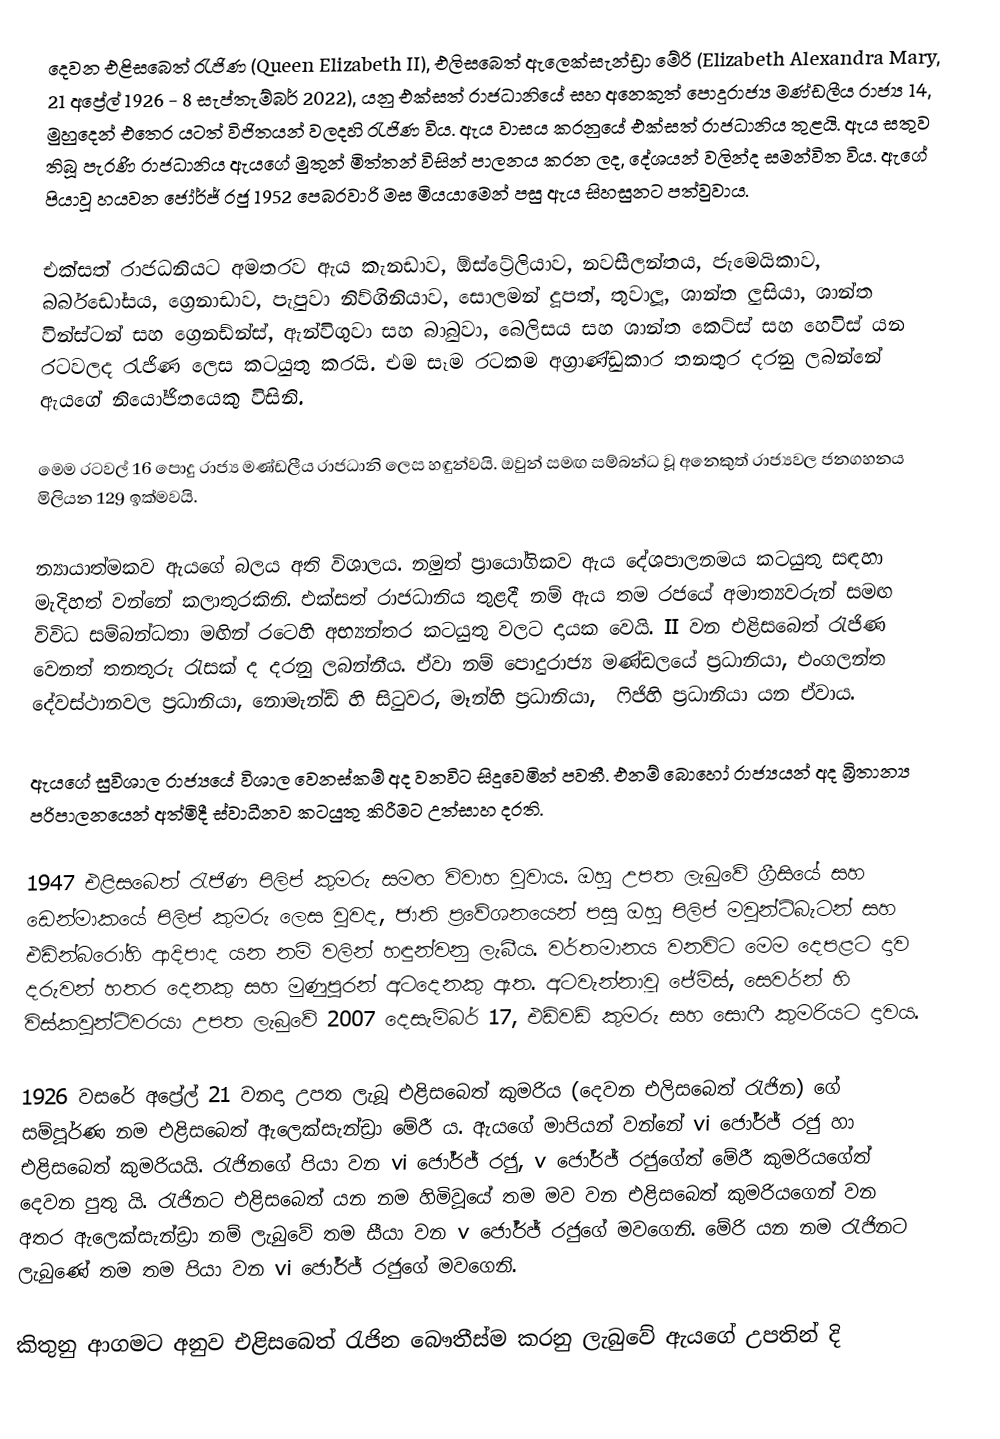
දෙවන එළිසබෙත් රැජිණ (Queen Elizabeth II), එලිසබෙත් ඇලෙක්සැන්ඩ්‍රා මේරි (Elizabeth Alexandra Mary, 21 අප්‍රේල් 1926 - 8 සැප්තැම්බර් 2022), යනු එක්සත් රාජධානියේ සහ අනෙකුත් පොදුරාජ්‍ය මණ්ඩලීය රාජ්‍ය 14, මුහුදෙන් එතෙර යටත් විජිතයන් වලදහි රැජිණ විය. ඇය වාසය කරනුයේ එක්සත් රාජධානිය තුළයි. ඇය සතුව තිබූ පැරණි රාජධානිය ඇයගේ මුතුන් මිත්තන් විසින් පාලනය කරන ලද, දේශයන් වලින්ද සමන්විත විය. ඇගේ පියාවූ හයවන ජෝර්ජ් රජු 1952 පෙබරවාරි මස මියයාමෙන් පසු ඇය සිහසුනට පත්වුවාය.

එක්සත් රාජධනියට අමතරව ඇය කැනඩාව, ඕස්ට්‍රේලියාව, නවසීලන්තය, ජැ‍මෙයිකාව, බර්බඩෝසය, ග්‍රෙනාඩාව, පැපුවා නිව්ගිනියාව, සොලමන් දූපත්, තුවාලූ, ශාන්ත ලුසියා, ශාන්ත වින්ස්ටන් සහ ‍ග්‍රෙනඩ්න්ස්, ඇන්විගුවා සහ බාබුවා, බෙලිසය සහ ශාන්ත කෙට්ස් සහ හෙවිස් යන රටවලද රැජිණ ලෙස කටයුතු කරයි. එම සෑම රටකම අග්‍රාණ්ඩුකාර තනතුර දරනු ලබන්නේ ඇයගේ නියෝජිතයෙකු විසිනි.

මෙම රටවල් 16 පොදු රාජ්‍ය මණ්ඩලීය රාජධානි ලෙස හඳුන්වයි. ඔවුන් සමඟ සම්බන්ධ වූ අනෙකුත් රාජ්‍යවල ජනගහනය මිලියන 129 ඉක්මවයි.

න්‍යායාත්මකව ඇයගේ බලය අති විශාලය. නමුත් ප්‍රායෝගිකව ඇය දේශපාලනමය කටයුතු  සඳහා මැදිහත් වන්නේ කලාතුරකිනි. එක්සත් රාජධානිය තුළදී නම් ඇය තම රජයේ අමාත්‍යවරුන් සමඟ විවිධ සම්බන්ධතා මඟින් රටෙහි අභ්‍යන්තර කටයුතු වලට දායක වෙයි. II වන එළිසබෙත් රැජිණ වෙනත් තනතුරු රැසක් ද දරනු ලබන්නීය. ඒවා නම් පොදුරාජ්‍ය මණ්ඩලයේ ප්‍රධානියා, එංගලන්ත දේවස්ථානවල ප්‍රධානියා, නොමැන්ඩ් හි සිටුවර, මෑන්හි ප්‍රධානියා, ‍ ෆිජිහි ප්‍රධානියා යන ඒවාය.

ඇයගේ සුවිශාල රාජ්‍යයේ විශාල වෙනස්කම් අද වනවිට සිදුවෙමින් පවතී. එනම් බොහෝ රාජ්‍යයන් අද බ්‍රිතාන්‍ය පරිපාලනයෙන් අත්මිදී ස්වාධීනව කටයුතු කිරීමට උත්සාහ දරති.

1947 එළිසබෙත් රැජිණ පිලිප් කුමරු සමඟ විවාහ වුවාය. ඔහු උපත ලැබුවේ ග්‍රීසියේ සහ ඩෙන්මාකයේ  පිලිප් කුමරු ලෙස වුවද, ජාති ප්‍රවේශනයෙන් පසු ඔහු පිලිප් මවුන්ට්බැටන් සහ එඩින්බරෝහි ආදිපාද   යන නම් වලින් හඳුන්වනු ලැබීය. වර්තමානය වනවිට මෙම දෙපළට දාව දරුවන් හතර දෙනකු සහ මුණුපුරන් අටදෙනකු ඇත. අටවැන්නාවූ ජේම්ස්, සෙවර්න් හි විස්කවුන්ට්වරයා  උපත ලැබුවේ 2007 දෙසැම්බර් 17, එඩ්වඩ් කුමරු සහ සොෆී කුමරියට දාවය.

1926 වසරේ අප්‍රේල් 21 වනදා උපත ලැබූ එළිසබෙත් කුමරිය (දෙවන එලිසබෙත් රැජින) ගේ සම්පූර්ණ නම එළිසබෙත් ඇලෙක්සැන්ඩ්‍රා මේරී ය. ඇයගේ මාපියන් වන්නේ vi ජෝර්ජ් රජු හා එළිසබෙත් කුමරියයි. රැජිනගේ  පියා වන vi ජෝර්ජ් රජු, v ජෝර්ජ් රජුගේත් මේරී කුමරියගේත් දෙවන පුතු යි.  රැජිනට එළිසබෙත් යන නම හිමිවූයේ තම මව වන එළිසබෙත් කුමරියගෙන් වන අතර  ඇලෙක්සැන්ඩ්‍රා නම් ලැබුවේ තම සීයා වන v ජෝර්ජ් රජුගේ මවගෙනි. මේරි යන නම රැජිනට ලැබුණේ තම තම පියා වන vi ජෝර්ජ් රජුගේ මවගෙනි.

කිතුනු ආගමට අනුව එළිසබෙත් රැජින බෞතීස්ම කරනු ලැබුවේ ඇයගේ උපතින් දි